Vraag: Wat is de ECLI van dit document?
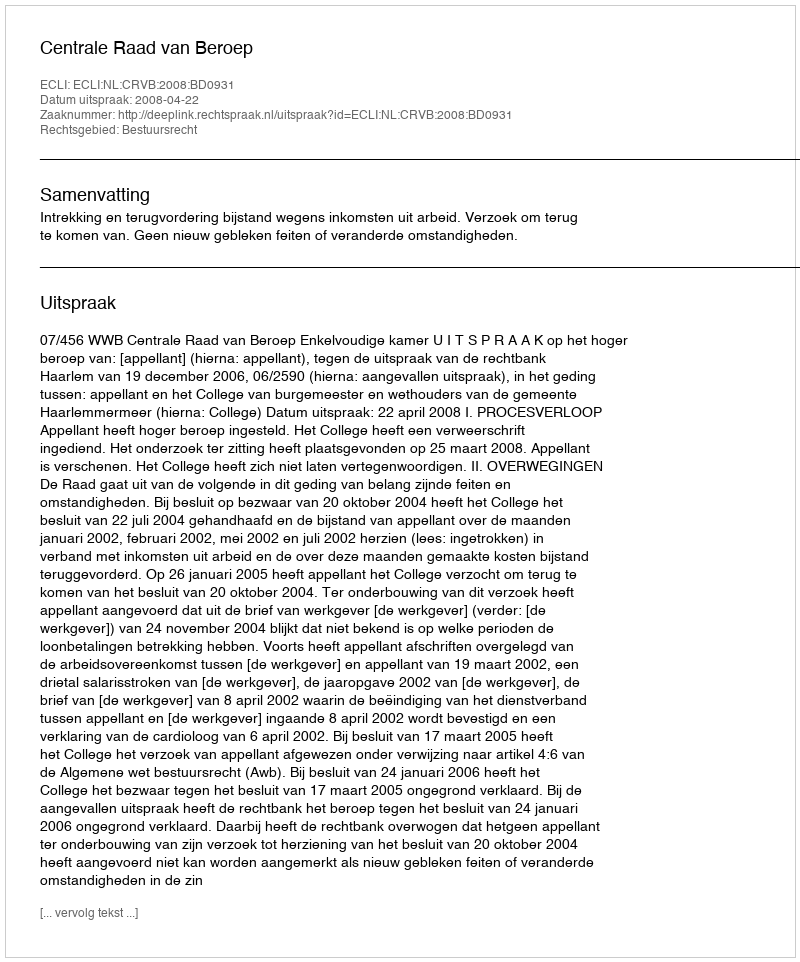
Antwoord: ECLI:NL:CRVB:2008:BD0931